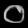
Digit: ၀